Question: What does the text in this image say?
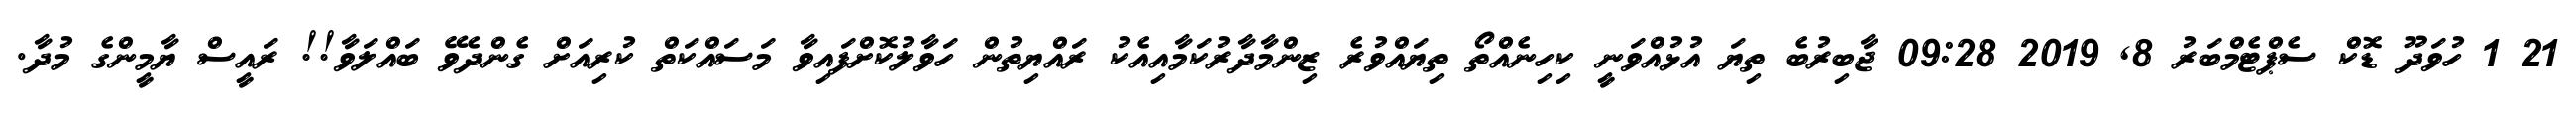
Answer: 21 1 ހުވަދޫ ޑޮކް ސެޕްޓެމްބަރު 8, 2019 09:28 ޖާބިރުބެ ތިޔަ އުޅުއްވަނީ ކިހިނެއްތޯ ތިޔައްވުރެ ޒިންމާދާރުކަމާއިއެކު ރައްޔިތުން ހަވާލުކޮށްފައިވާ މަސައްކަތް ކުރިއަށް ގެންދެވޭ ބައްލަވާ!! ރައީސް ޔާމީންގެ މުދާ.